Lunatic asylums Madras 1877-1891 - 1877-1891
Year: 1877
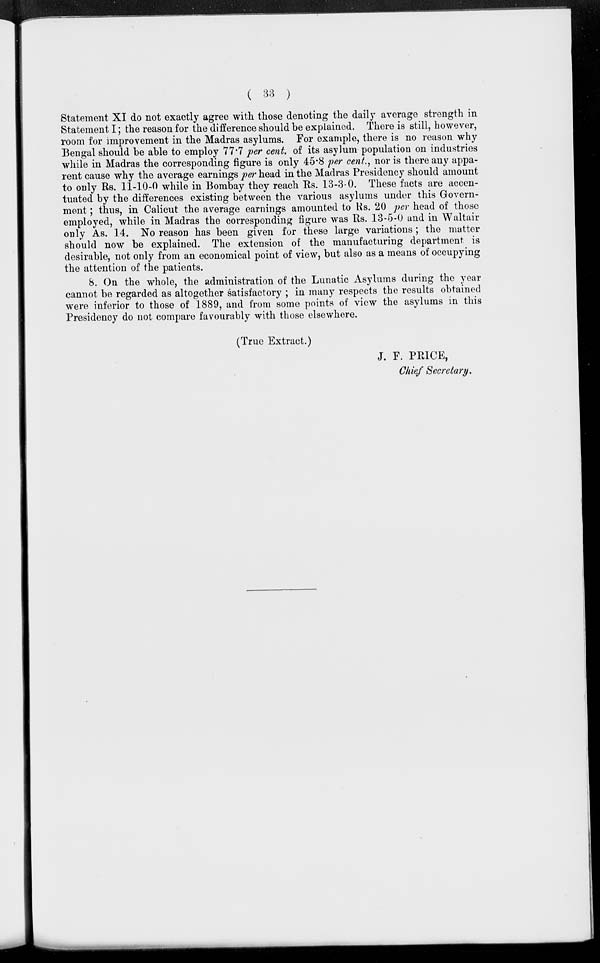
( 33 )
Statement XI do not exactly agree with those denoting the daily average strength in
Statement I; the reason for the difference should be explained. There is still, however,
room for improvement in the Madras asylums. For example, there is no reason why
Bengal should be able to employ 77.7 per cent. of its asylum population on industries
while in Madras the corresponding figure is only 45.8 per cent., nor is there any appa-
rent cause why the average earnings per head in the Madras Presidency should amount
to only Rs. 11-10-0 while in Bombay they reach Rs. 13-3-0. These facts are accen-
tuated by the differences existing between the various asylums under this Govern-
ment ; thus, in Calicut the average earnings amounted to Rs. 20 per head of those
employed, while in Madras the corresponding figure was Rs. 13-5-0 and in Waltair
only As. 14. No reason has been given for these large variations; the matter
should now be explained. The extension of the manufacturing department is
desirable, not only from an economical point of view, but also as a means of occupying
the attention of the patients.
8. On the whole, the administration of the Lunatic Asylums during the year
cannot be regarded as altogether satisfactory ; in many respects the results obtained
were inferior to those of 1889, and from some points of view the asylums in this
Presidency do not compare favourably with those elsewhere.
(True Extract.)
J. F. PRICE,
Chief Secretary.